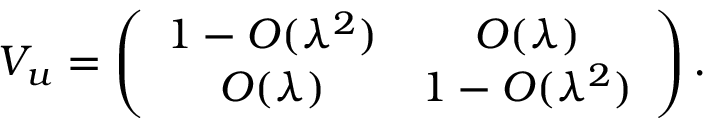
{ \cal V } _ { u } = \left( \begin{array} { c c } { { 1 - O ( \lambda ^ { 2 } ) } } & { { O ( \lambda ) } } \\ { { O ( \lambda ) } } & { { 1 - O ( \lambda ^ { 2 } ) } } \end{array} \right) .